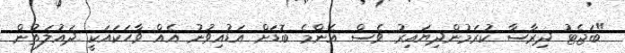
"ބަޖެޓު ދިރާސާ ކުރަމުންދިޔައިރު ވެސް އެންމެ ބޮޑަށް އަޑުއިވުނު އެއް ވާހަކައަކީ ދައުލަތުން